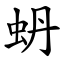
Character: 蚒